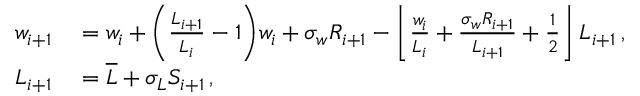
\begin{array} { r l } { w _ { i + 1 } } & { { } = w _ { i } + \bigg ( \frac { L _ { i + 1 } } { L _ { i } } - 1 \bigg ) w _ { i } + \sigma _ { w } R _ { i + 1 } - \left\lfloor \frac { w _ { i } } { L _ { i } } + \frac { \sigma _ { w } R _ { i + 1 } } { L _ { i + 1 } } + \frac { 1 } { 2 } \right\rfloor L _ { i + 1 } \, , } \\ { L _ { i + 1 } } & { { } = \overline { { L } } + \sigma _ { L } S _ { i + 1 } \, , } \end{array}